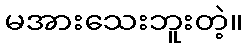
မအားသေးဘူးတဲ့။